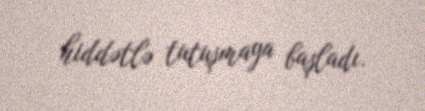
hiddətlə tutuşmaya başladı.